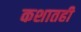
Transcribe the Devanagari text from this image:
कशातही